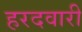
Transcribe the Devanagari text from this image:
हरदवारी